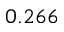
0 . 2 6 6